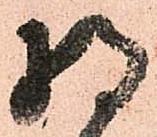
将